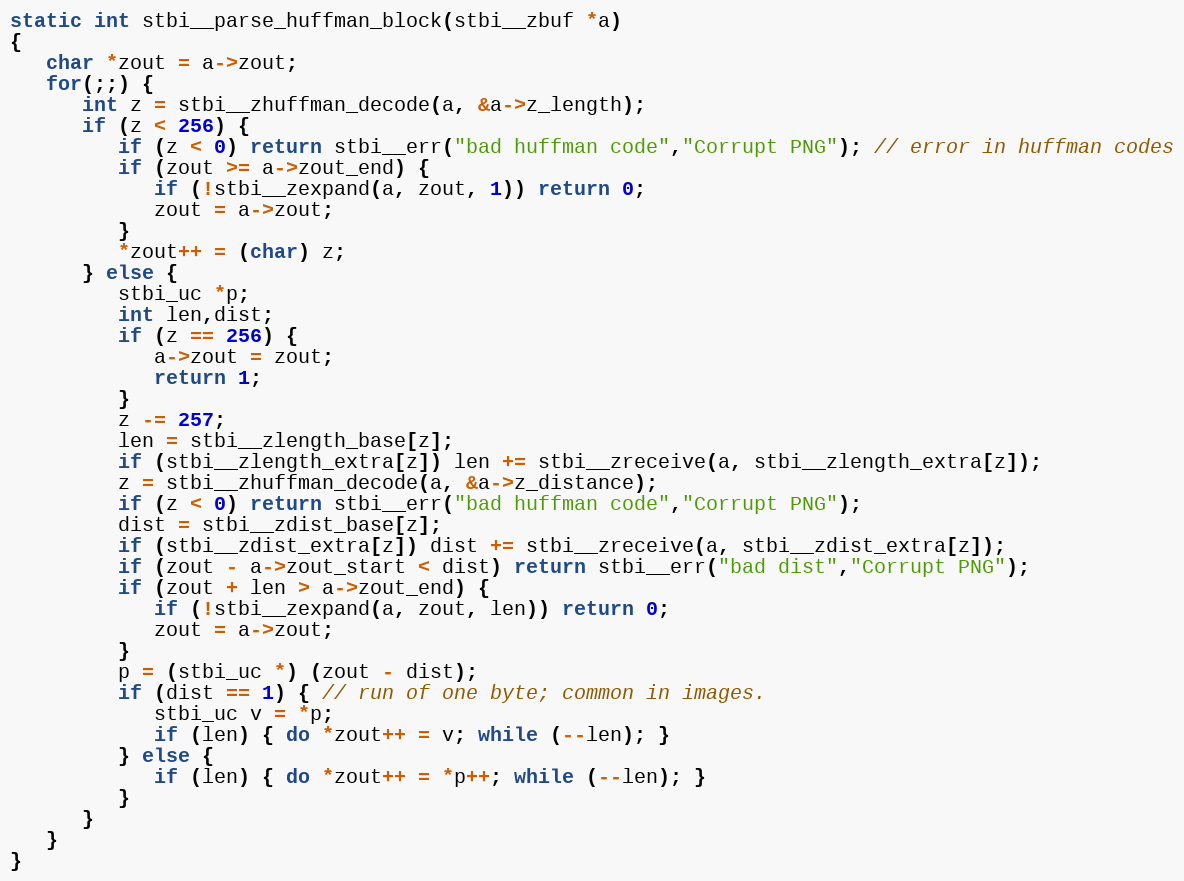
Language: C
static int stbi__parse_huffman_block(stbi__zbuf *a)
{
   char *zout = a->zout;
   for(;;) {
      int z = stbi__zhuffman_decode(a, &a->z_length);
      if (z < 256) {
         if (z < 0) return stbi__err("bad huffman code","Corrupt PNG"); // error in huffman codes
         if (zout >= a->zout_end) {
            if (!stbi__zexpand(a, zout, 1)) return 0;
            zout = a->zout;
         }
         *zout++ = (char) z;
      } else {
         stbi_uc *p;
         int len,dist;
         if (z == 256) {
            a->zout = zout;
            return 1;
         }
         z -= 257;
         len = stbi__zlength_base[z];
         if (stbi__zlength_extra[z]) len += stbi__zreceive(a, stbi__zlength_extra[z]);
         z = stbi__zhuffman_decode(a, &a->z_distance);
         if (z < 0) return stbi__err("bad huffman code","Corrupt PNG");
         dist = stbi__zdist_base[z];
         if (stbi__zdist_extra[z]) dist += stbi__zreceive(a, stbi__zdist_extra[z]);
         if (zout - a->zout_start < dist) return stbi__err("bad dist","Corrupt PNG");
         if (zout + len > a->zout_end) {
            if (!stbi__zexpand(a, zout, len)) return 0;
            zout = a->zout;
         }
         p = (stbi_uc *) (zout - dist);
         if (dist == 1) { // run of one byte; common in images.
            stbi_uc v = *p;
            if (len) { do *zout++ = v; while (--len); }
         } else {
            if (len) { do *zout++ = *p++; while (--len); }
         }
      }
   }
}